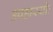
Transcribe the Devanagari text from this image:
उपहारयोः